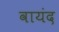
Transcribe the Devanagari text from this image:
वायंद